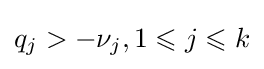
q_{j}>-\nu _{j},1\leqslant j\leqslant k